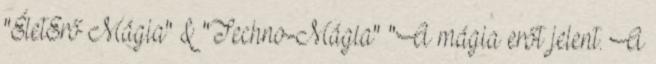
"ÉletErő Mágia" & "Techno-Mágia" "A mágia erőt jelent. A